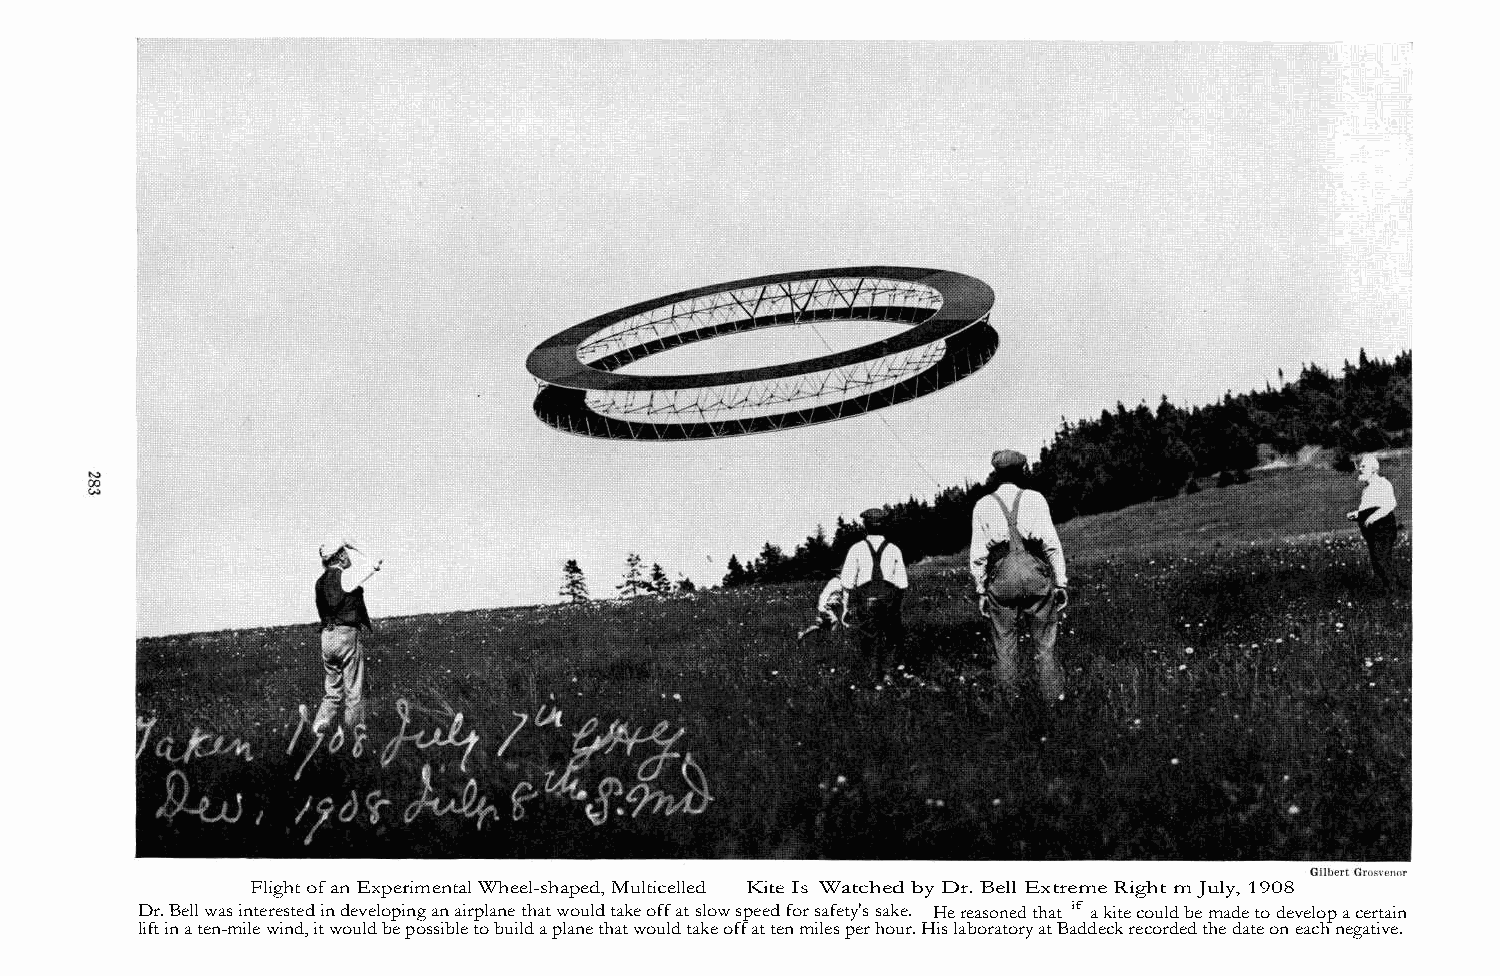
Flight of an Experimental Wheel-shaped, Multicelled Kite Is Watched by Dr. Bell Extreme Right m July, 1908
 Dr. Bell was interested in developing an airplane that would take off at slow speed for safety's sake. He reasoned that if a kite could be made to develop a certain
 lift in a ten-mile wind, it would be possible to build a plane that would take off at ten miles per hour. His laboratory at Baddeck recorded the date on each negative.